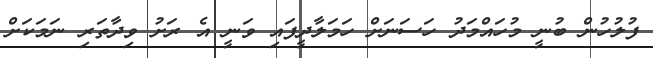
ފުލުހުން ބުނީ މުހައްމަދު ހަސަނަށް ހަމަލާދީފައި ވަނީ އެ ރަށު ވިދާތަރި ނަމަކަށް